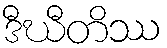
ဒီဃီတိဿ